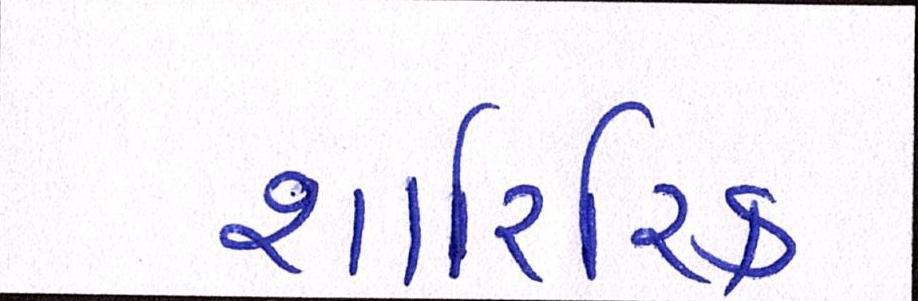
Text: શારિરિક